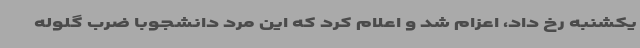
یکشنبه رخ داد، اعزام شد و اعلام کرد که این مرد دانشجوبا ضرب گلوله